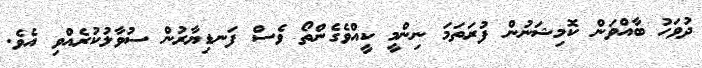
ދުވަހު ބާއްވަން ކޮމިޝަނުން ފުރަތަމަ ނިންމީ ކީއްވެގެންތޯ ވެސް ފަނޑިޔާރުން ސުވާލުކުރެއްވި އެވެ.